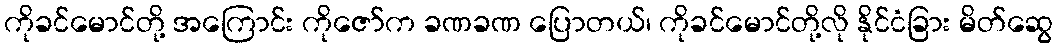
ကိုခင်မောင်တို့ အကြောင်း ကိုဇော်က ခဏခဏ ပြောတယ်၊ ကိုခင်မောင်တို့လို နိုင်ငံခြား မိတ်ဆွေ